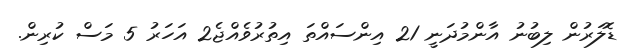
ޑޮލަރުން ލިބުނު އާންމުދަނީ 21 އިންސައްތަ އިތުރުވެއްޖެ2 އަހަރު 5 މަސް ކުރިން.